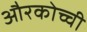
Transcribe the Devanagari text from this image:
औरकोच्ची